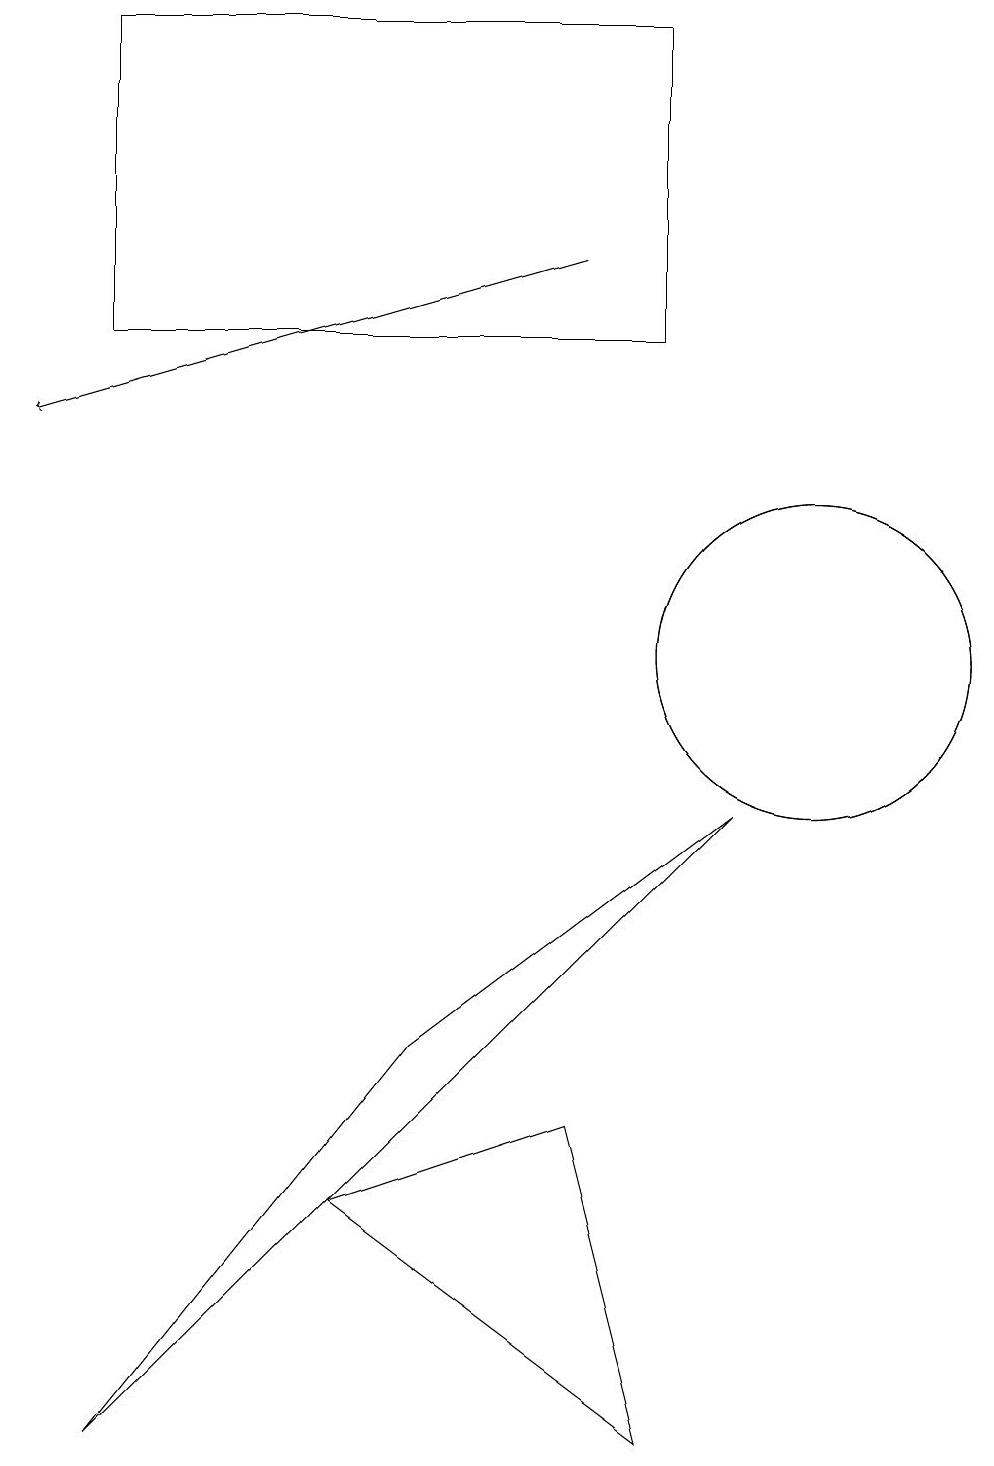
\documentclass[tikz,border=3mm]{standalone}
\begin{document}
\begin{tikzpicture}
\draw (10,11) circle (2);
\draw (9,9) -- (5,6) -- (1,1) -- cycle;
\draw[->] (7,16) -- (0,14);
\draw (10,11) circle (2);
\draw (8,1) -- (7,5) -- (4,4) -- cycle;
\draw (1,15) rectangle (8,19);
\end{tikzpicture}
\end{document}